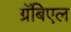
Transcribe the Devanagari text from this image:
ग्रॅबिएल